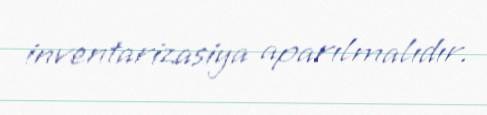
inventarizasiya aparılmalıdır.